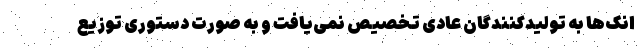
انک‌ها به تولیدکنندگان عادی تخصیص نمی‌یافت و به صورت دستوری توزیع